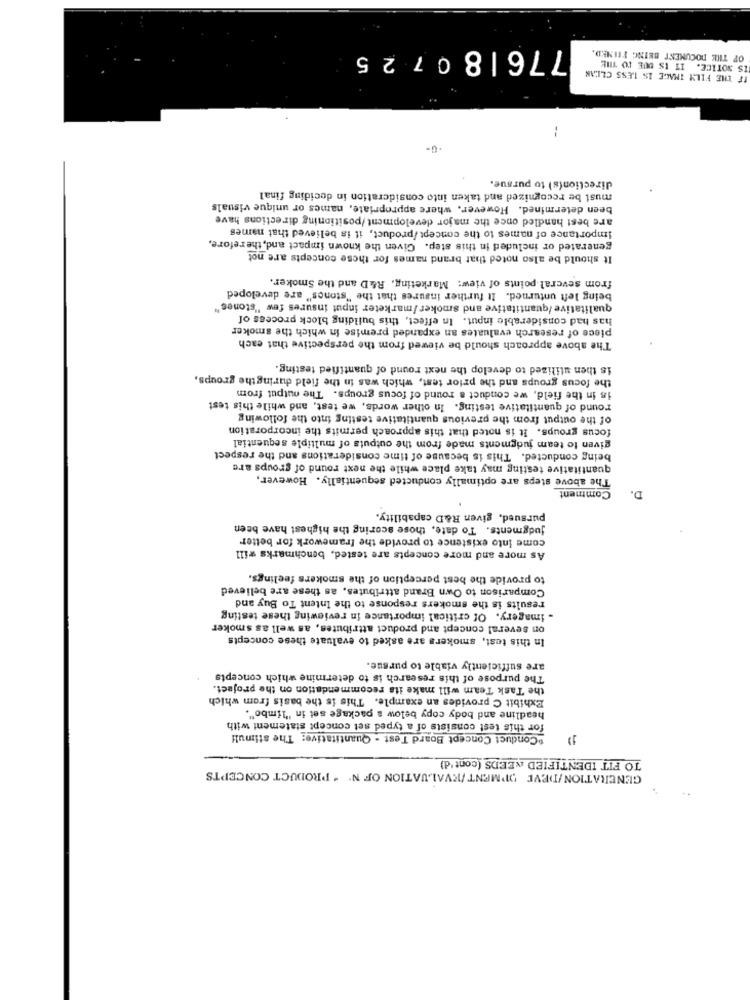
776180725
OF THE DOCUMENT BEING FINED
IF THE FILM THACE IS LESS CLEAN
IS NOTICE. IT IS DUE TO THE
:
·G-
direction(s) to pursue.
must be recognized and taken into consideration in deciding final
been determined. However, where appropriate, names or unique visuals
are best handled once the major development /positioning directions have
Importance of names to the concept /product, it is believed that names
generated or included in this step. Given the known impact and, therefore.
It should be also noted that brand names for these concepts are not
from several points of view: Marketing, R&D and the Smoker.
being left unturned. It further insures that the "stones" are developed
qualitative /quantitative and Smoker /marketer input insures few "stones"
has had considerable input. In effect, this building block process of
piece of research evaluates an expanded premise in which the smoker
The above approach should be viewed from the perspective that each
is then utilized to develop the next round of quantified testing.
the focus groups and the prior test, which was in the field duringthe groups,
is in the field, we conduct a round of focus groups. The output from
round of quantitative testing. In other words, we test, and while this test
of the output from the previous quantitative testing into the following
focus groups. It is noted that this approach permits the incorporation
given to team judgments made from the outputs of multiple sequential
being conducted. This is because of time considerations and the respect
quantitative testing may take place while the next round of groups are
The above steps are optimally conducted sequentially. However,
Comment
D.
pursued, given R&D capability.
judgments. To date, those scoring the highest have been
come into existence to provide the framework for better
As more and more concepts are tested, benchmarks will
to provide the best perception of the smokers feelings.
Comparison to Own Brand attributes, as these are believed
results is the smokers response to the Intent To Buy and
- imagery. Of critical importance in reviewing these testing
on several concept and product attributes, as well as smoker
In this test, smokers are asked to evaluate these concepts
are sufficiently viable to pursue.
The purpose of this research is to determine which concepts
the Task Team will make its recommendation on the project.
Exhibit C provides an example. This is the basis from which
headline and body copy below a package set in "limbo".
for this test consists of a typed set concept statement with
"Conduct Concept Board Test - Quantitative: The stimuli
TO FIT IDENTIFIED &NEEDS (cont'd)
GENERATION/DEVE OPMENT/EVALUATION OF Nº " PRODUCT CONCEPTS